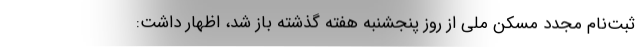
ثبت‌نام مجدد مسکن ملی از روز پنجشنبه هفته گذشته باز شد، اظهار داشت: